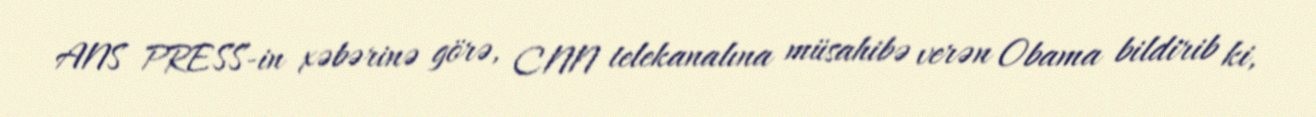
ANS PRESS-in xəbərinə görə, CNN telekanalına müsahibə verən Obama bildirib ki,